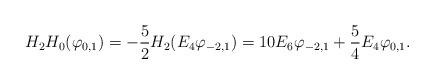
LaTeX: \begin{align*}H_2H_0(\varphi_{0,1})=-\frac{5}2H_2(E_4\varphi_{-2,1})=10E_6\varphi_{-2,1}+\frac 54 E_4\varphi_{0,1}.\end{align*}